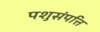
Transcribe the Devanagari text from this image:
पशुसंपत्ति